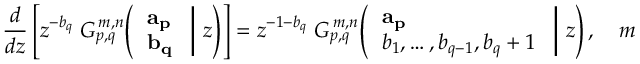
{ \frac { d } { d z } } \left[ z ^ { - b _ { q } } \; G _ { p , q } ^ { \, m , n } \! \left( \left. { \begin{array} { l } { \mathbf { a _ { p } } } \\ { \mathbf { b _ { q } } } \end{array} } \; \right| \, z \right) \right] = z ^ { - 1 - b _ { q } } \; G _ { p , q } ^ { \, m , n } \! \left( \left. { \begin{array} { l } { \mathbf { a _ { p } } } \\ { b _ { 1 } , \dots , b _ { q - 1 } , b _ { q } + 1 } \end{array} } \; \right| \, z \right) , \quad m